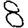
Digit: 8